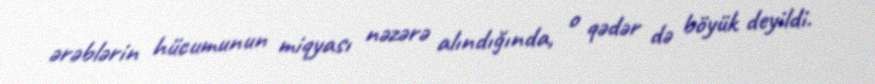
ərəblərin hücumunun miqyası nəzərə alındığında, o qədər də böyük deyildi.